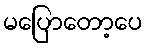
မပြောတော့ပေ